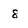
Character: 8